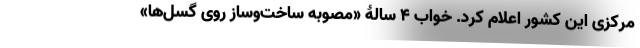
مرکزی این کشور اعلام کرد. خواب ۴ سالۀ «مصوبه ساخت‌وساز روی گسل‌ها»